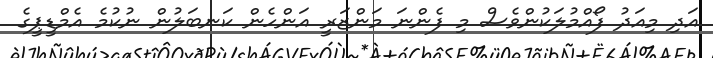
އަދި މިއަދު ފޯއްމުލަކުންވެސް މި ފެންނަ މަންޒަރީ އަންހެން ކަނބަލުން ނުކުމެ އެމްޑީޕީގެ